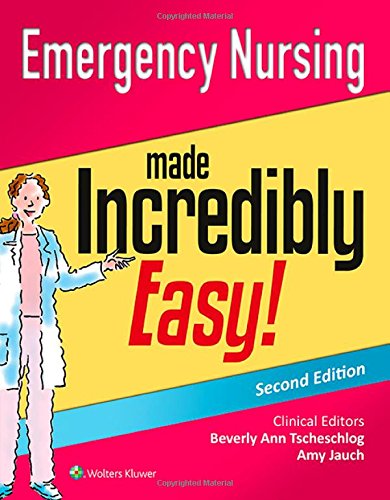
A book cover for Emergency Nursing Made Incredibly Easy! (Incredibly Easy! SeriesÂ®); Lippincott  Williams & Wilkins; Medical Books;